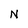
Character: N